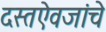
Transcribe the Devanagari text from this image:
दस्तऐवजांचे